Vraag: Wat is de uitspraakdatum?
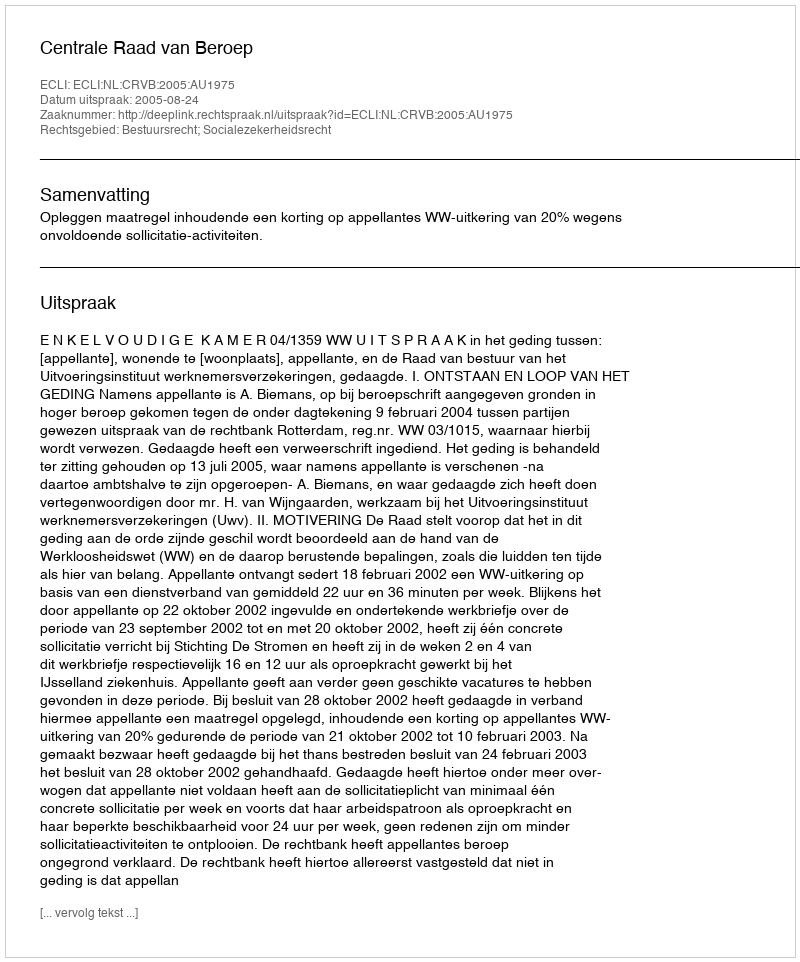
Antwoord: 2005-08-24